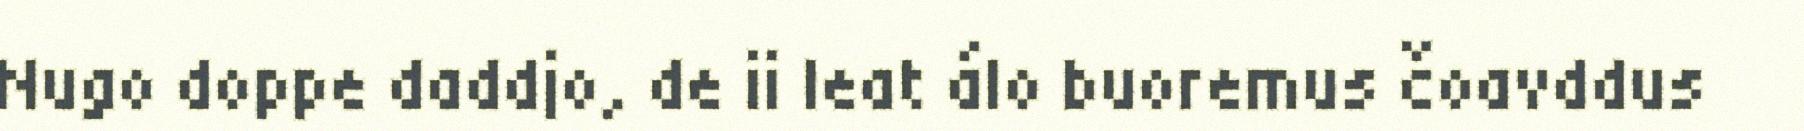
Nugo doppe daddjo, de ii leat álo buoremus čoavddus